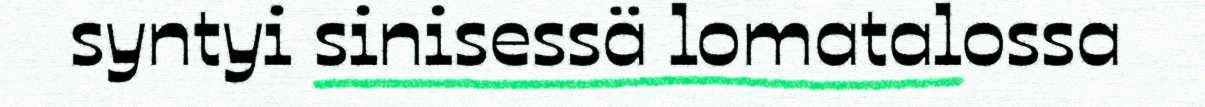
syntyi sinisessä lomatalossa